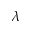
\lambda